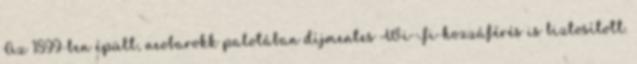
Az 1899-ben épült, neobarokk palotában díjmentes Wi-Fi-hozzáférés is biztosított.